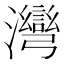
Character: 𱪆